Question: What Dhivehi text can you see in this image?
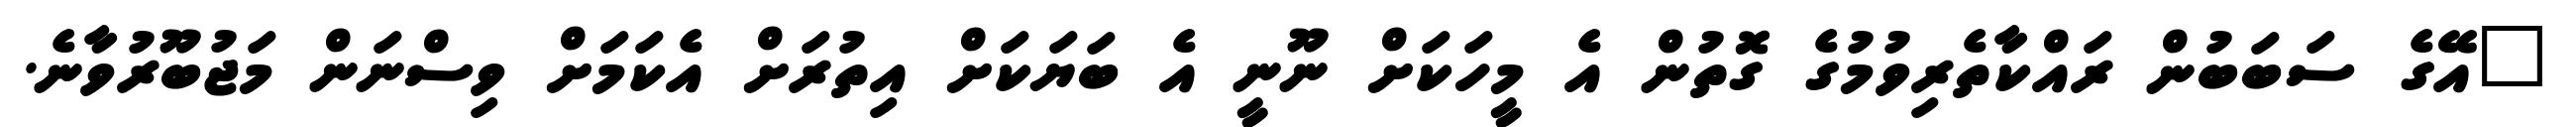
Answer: "އޭގެ ސަބަބުން ރައްކާތެރިވުމުގެ ގޮތުން އެ މީހަކަށް ނޫނީ އެ ބަޔަކަށް އިތުރަށް އެކަމަށް ވިސްނަން މަޖުބޫރުވާނެ.